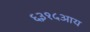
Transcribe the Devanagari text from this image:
६३१५आय